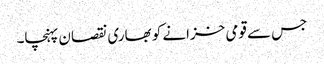
جس سے قومی خزانے کو بھاری نقصان پہنچا۔